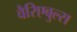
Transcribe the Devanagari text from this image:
वैरिएबुल्स